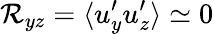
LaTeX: {\cal{R}}_{yz}=\langle{u_{y}^{\prime}u_{z}^{\prime}}\rangle\simeq 0